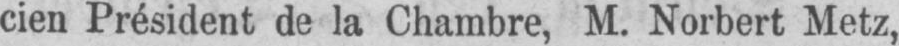
cien Président de la Chambre, M. Norbert Metz,